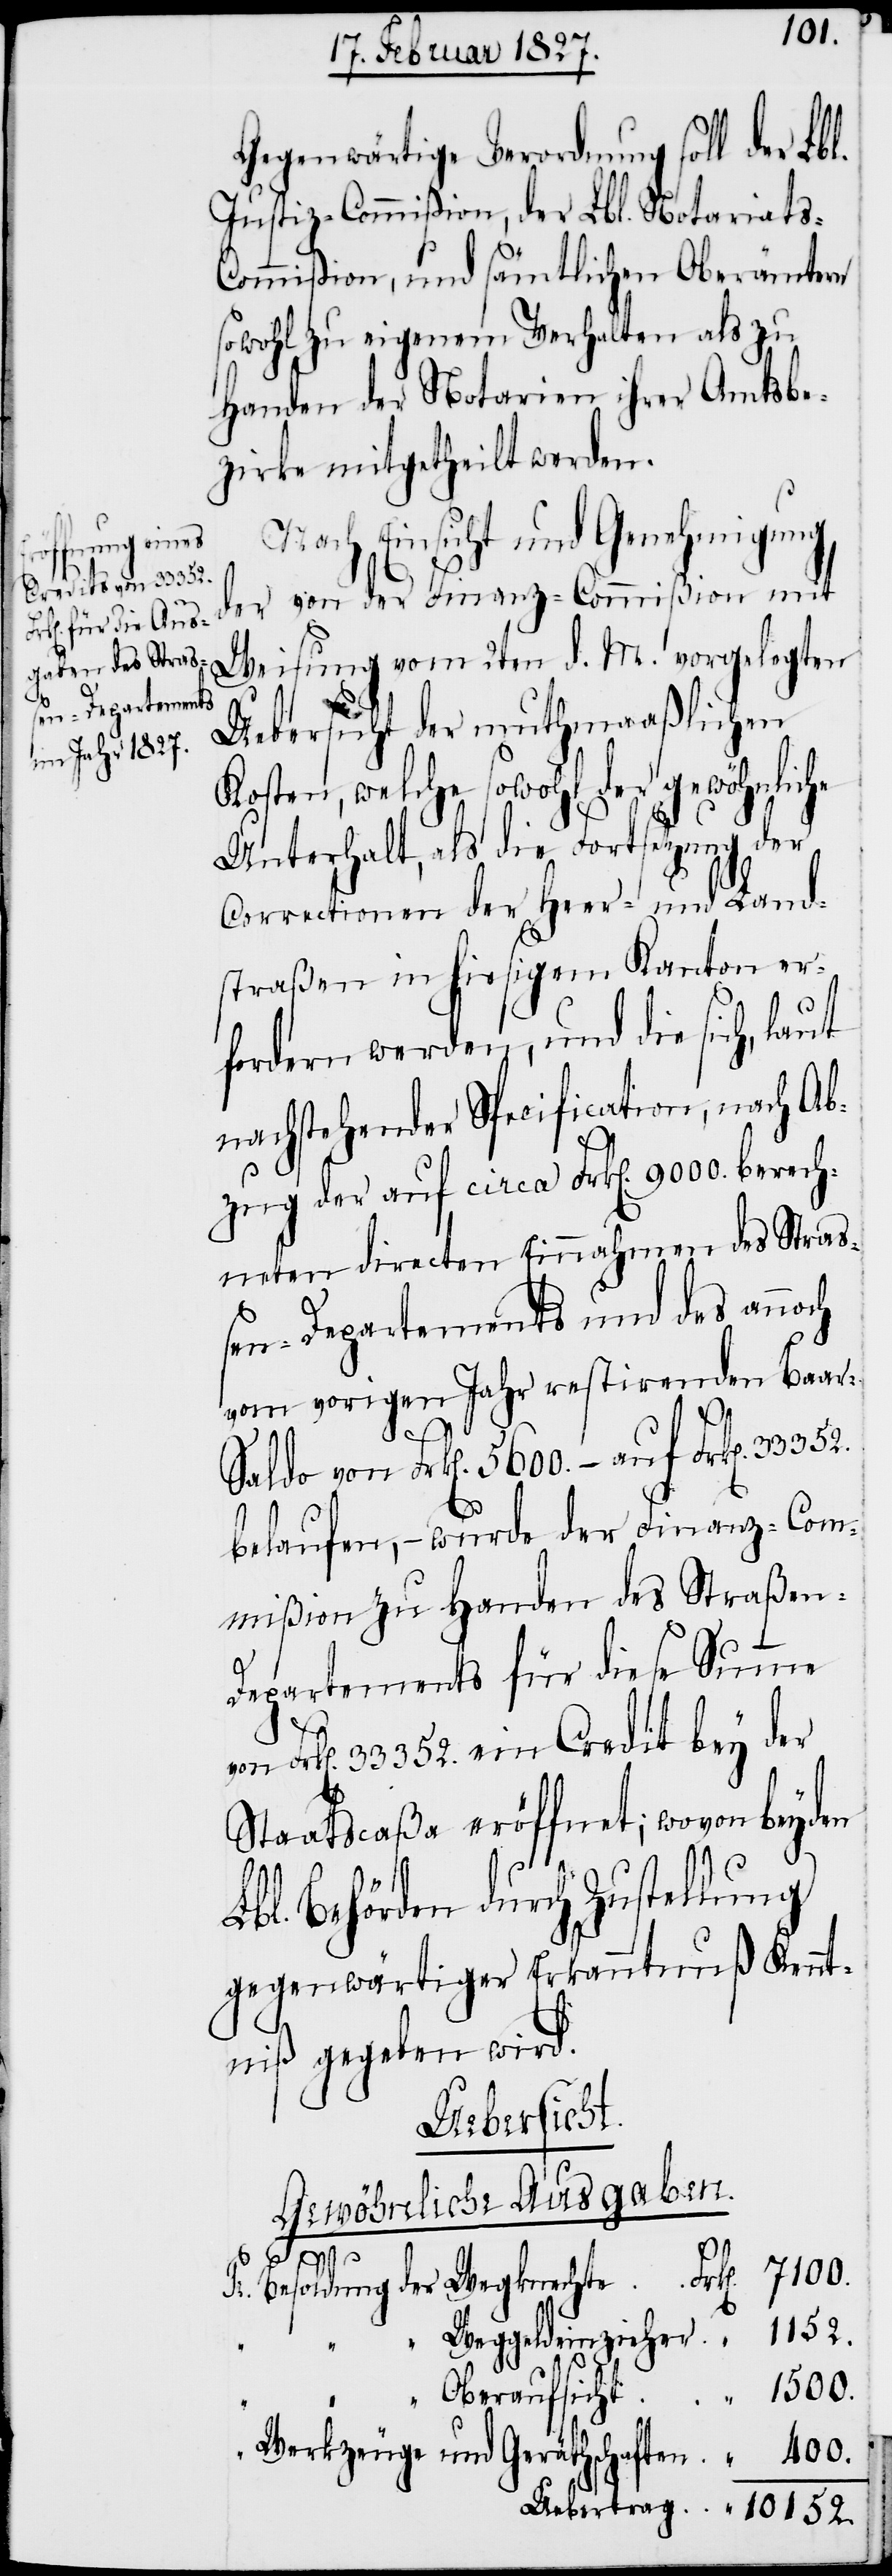
10152.
Gegenwärtige Verordnung soll der Lbl.
Justiz-Commißion, der Lbl. Notariats-C¬
ommißion, und sämtlichen Oberämtern
sowohl zu eigenem Verhalten als zu
Handen der Notarien ihrer Amtsbe¬
zirke mitgetheilt werden.
Nach Einsicht und Genehmigung
der von der Finanz-Commißion mit
Weisung vom 2ten d. M. vorgelegten
Uebersicht der muthmaßlichen
Kosten, welche sowohl der gewöhnliche
Unterhalt, als die Fortsetzung der
Correctionen der Heer- und Land¬
straßen in hiesigem Kanton er¬
fordern werden, und die sich, laut
nachstehender Specification, nach Ab¬
zug der auf circa Frk[en]: 9000. berech¬
neten directen Einnahmen des Straß¬
en-Departements und des annoch
vom vorigen Jahr restirenden Baar-S¬
aldo von Frk[en]. 5600.– auf Frk[en].
belaufen, – wurde der Finanz-Com¬
mißion zu Handen des Straße¬
“
n-Departements für diese Summe
Frk[en]. 33352. ein Credit bey der
Staatscaßa eröffnet; wovon beyden
Lbl. Behörden durch Zustellung
gegenwärtiger Erkanntnuß Kennt¬
niß gegeben wird.
Uebertrag.
Gewöhnliche Ausgaben.
“
“ Weggeldeinzieher.
Werkzeuge und Geräthschaften.